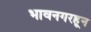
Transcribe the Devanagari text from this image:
भावनगरहून